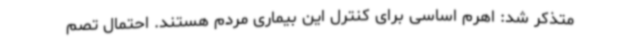
متذکر شد: اهرم اساسی برای کنترل این بیماری مردم هستند. احتمال تصم